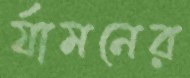
র‍্যামনের